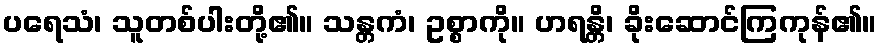
ပရေသံ၊ သူတစ်ပါးတို့၏။ သန္တကံ၊ ဥစ္စာကို။ ဟရန္တိ၊ ခိုးဆောင်ကြကုန်၏။